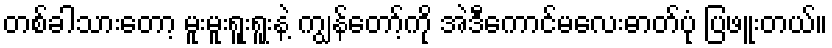
တစ်ခါသားတော့ မူးမူးရူးရူးနဲ့ ကျွန်တော့်ကို အဲဒီကောင်မလေးဓာတ်ပုံ ပြဖူးတယ်။